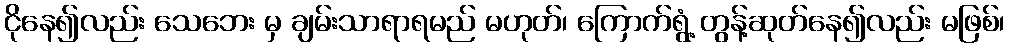
ငိုနေ၍လည်း သေဘေး မှ ချမ်းသာရာရမည် မဟုတ်၊ ကြောက်ရွံ့ တွန့်ဆုတ်နေ၍လည်း မဖြစ်၊